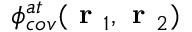
\phi _ { c o v } ^ { a t } ( \textbf { r } _ { 1 } , \textbf { r } _ { 2 } )